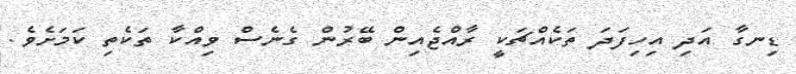
ޑިނގާ އަދި އިހިފަދަ ތަކެއްޗަކީ ރާއްޖެއިން ބޭރުން ގެނެސް ވިއްކާ ތަކެތި ކަމަށެވެ.